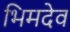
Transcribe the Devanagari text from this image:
भिमदेव